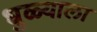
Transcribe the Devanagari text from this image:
धुळ्याला